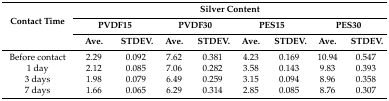
<table><thead><tr><td rowspan="3"><b>Contact Time</b></td><td colspan="8"><b>Silver Content</b></td></tr><tr><td colspan="2"><b>PVDF15</b></td><td colspan="2"><b>PVDF30</b></td><td colspan="2"><b>PES15</b></td><td colspan="2"><b>PES30</b></td></tr><tr><td><b>Ave.</b></td><td><b>STDEV.</b></td><td><b>Ave.</b></td><td><b>STDEV.</b></td><td><b>Ave.</b></td><td><b>STDEV.</b></td><td><b>Ave.</b></td><td><b>STDEV.</b></td></tr></thead><tbody><tr><td>Before contact</td><td>2.29</td><td>0.092</td><td>7.62</td><td>0.381</td><td>4.23</td><td>0.169</td><td>10.94</td><td>0.547</td></tr><tr><td>1 day</td><td>2.12</td><td>0.085</td><td>7.06</td><td>0.282</td><td>3.58</td><td>0.143</td><td>9.83</td><td>0.393</td></tr><tr><td>3 days</td><td>1.98</td><td>0.079</td><td>6.49</td><td>0.259</td><td>3.15</td><td>0.094</td><td>8.96</td><td>0.358</td></tr><tr><td>7 days</td><td>1.66</td><td>0.065</td><td>6.29</td><td>0.314</td><td>2.85</td><td>0.085</td><td>8.76</td><td>0.307</td></tr></tbody></table>